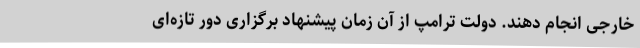
خارجی انجام دهند. دولت ترامپ از آن زمان پیشنهاد برگزاری دور تازه‌ای